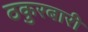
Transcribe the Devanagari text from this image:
ठकुरबारी